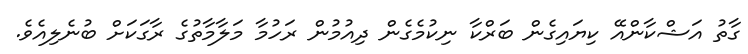
ގާތު އަޝްކާންއޭ ކިޔައިގެން ބަރްކާ ނިކުމެގެން ދިއުމުން ރަހުމާ މަލާމާތުގެ ރާގަކަށް ބުނެލިއެވެ.